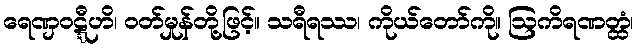
ရေဏှဝဋ္ဋီဟိ၊ ဝတ်မှုန်တို့ဖြင့်။ သရီရဿ၊ ကိုယ်တော်ကို။ ဩကိရဏတ္ထံ၊